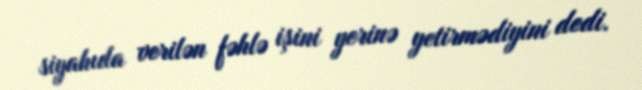
siyahıda verilən fəhlə işini yerinə yetirmədiyini dedi.